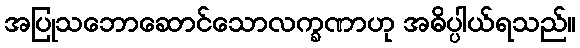
အပြုသဘောဆောင်သောလက္ခဏာဟု အဓိပ္ပါယ်ရသည်။